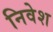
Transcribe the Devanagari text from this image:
निवेश